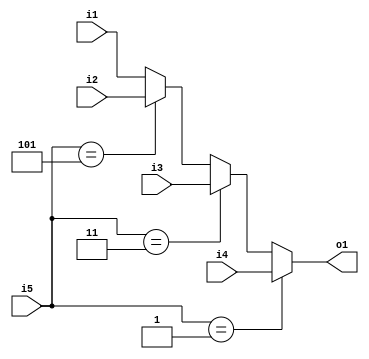
module cf_fft_1024_8_38 (i1, i2, i3, i4, i5, o1);
input  i1;
input  i2;
input  i3;
input  i4;
input  [2:0] i5;
output o1;
wire   [2:0] n1;
wire   [2:0] n2;
wire   [2:0] n3;
wire   n4;
wire   n5;
wire   n6;
wire   n7;
wire   n8;
wire   n9;
assign n1 = 3'b001;
assign n2 = 3'b011;
assign n3 = 3'b101;
assign n4 = i5 == n1;
assign n5 = i5 == n2;
assign n6 = i5 == n3;
assign n7 = n6 ? i2 : i1;
assign n8 = n5 ? i3 : n7;
assign n9 = n4 ? i4 : n8;
assign o1 = n9;
endmodule